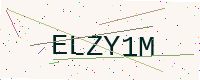
Text: ELZY1M